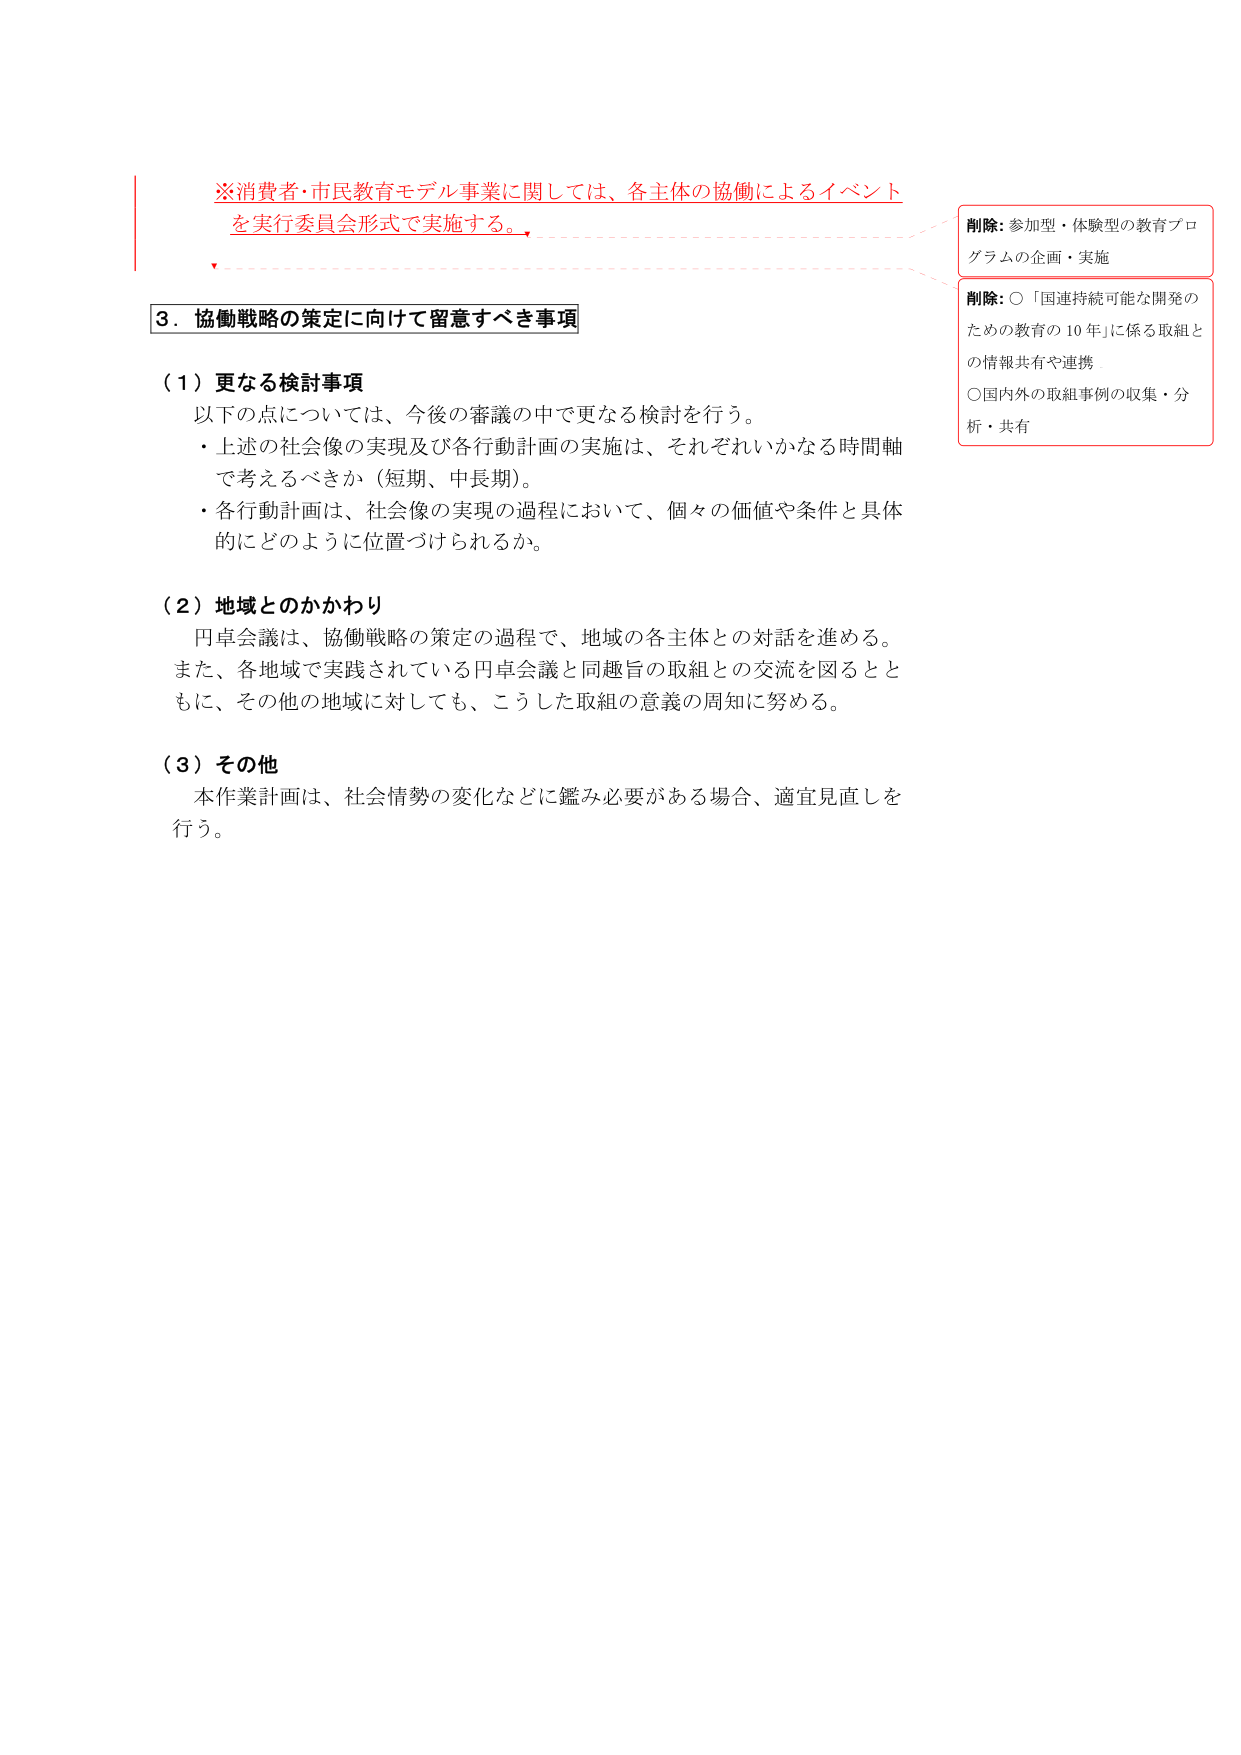
※消費者・市民教育モデル事業に関しては、各主体の協働によるイベントを実行委員会形式で実施する。

３．協働戦略の策定に向けて留意すべき事項

（１）更なる検討事項
以下の点については、今後の審議の中で更なる検討を行う。
・上述の社会像の実現及び各行動計画の実施は、それぞれいかなる時間軸で考えるべきか（短期、中長期）。
・各行動計画は、社会像の実現の過程において、個々の価値や条件と具体的にどのように位置づけられるか。

（２）地域とのかかわり
円卓会議は、協働戦略の策定の過程で、地域の各主体との対話を進める。また、各地域で実践されている円卓会議と同趣旨の取組との交流を図るとともに、その他の地域に対しても、こうした取組の意義の周知に努める。

（３）その他
本作業計画は、社会情勢の変化などに鑑み必要がある場合、適宜見直しを行う。

削除：参加型・体験型の教育プログラムの企画・実施

削除：○「国連持続可能な開発のための教育の10年」に係る取組との情報共有や連携
○国内外の取組事例の収集・分析・共有